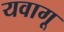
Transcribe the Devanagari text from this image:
यवागू